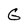
Character: G